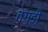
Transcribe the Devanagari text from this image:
तगडी़